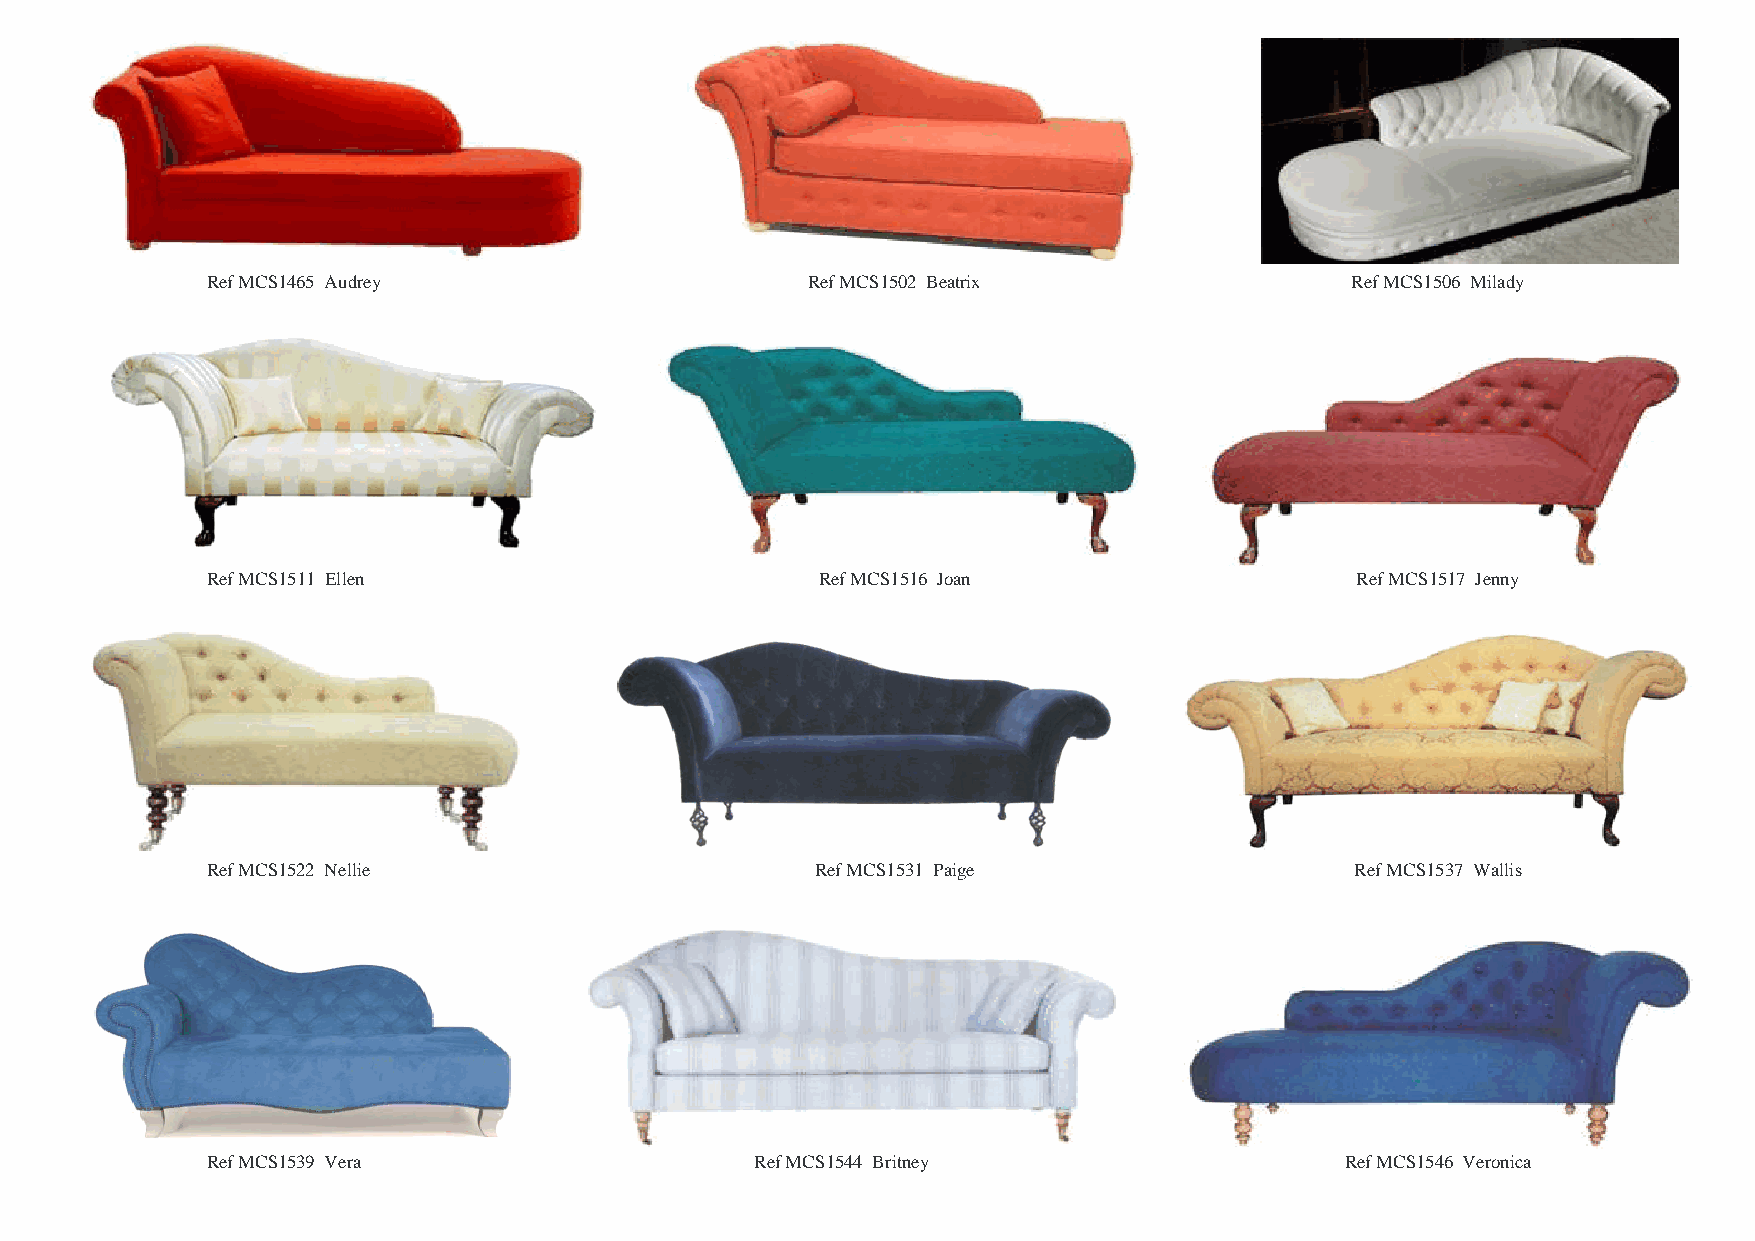
Ref MCS1465 Audrey                     Ref MCS1502 Beatrix                 Ref MCS1506 Milady
 Ref MCS1511 Ellen                       Ref MCS1516 Joan                    Ref MCS1517 Jenny
 Ref MCS1522 Nellie                      Ref MCS1531 Paige                   Ref MCS1537 Wallis
 Ref MCS1539 Vera                    Ref MCS1544 Britney                    Ref MCS1546 Veronica